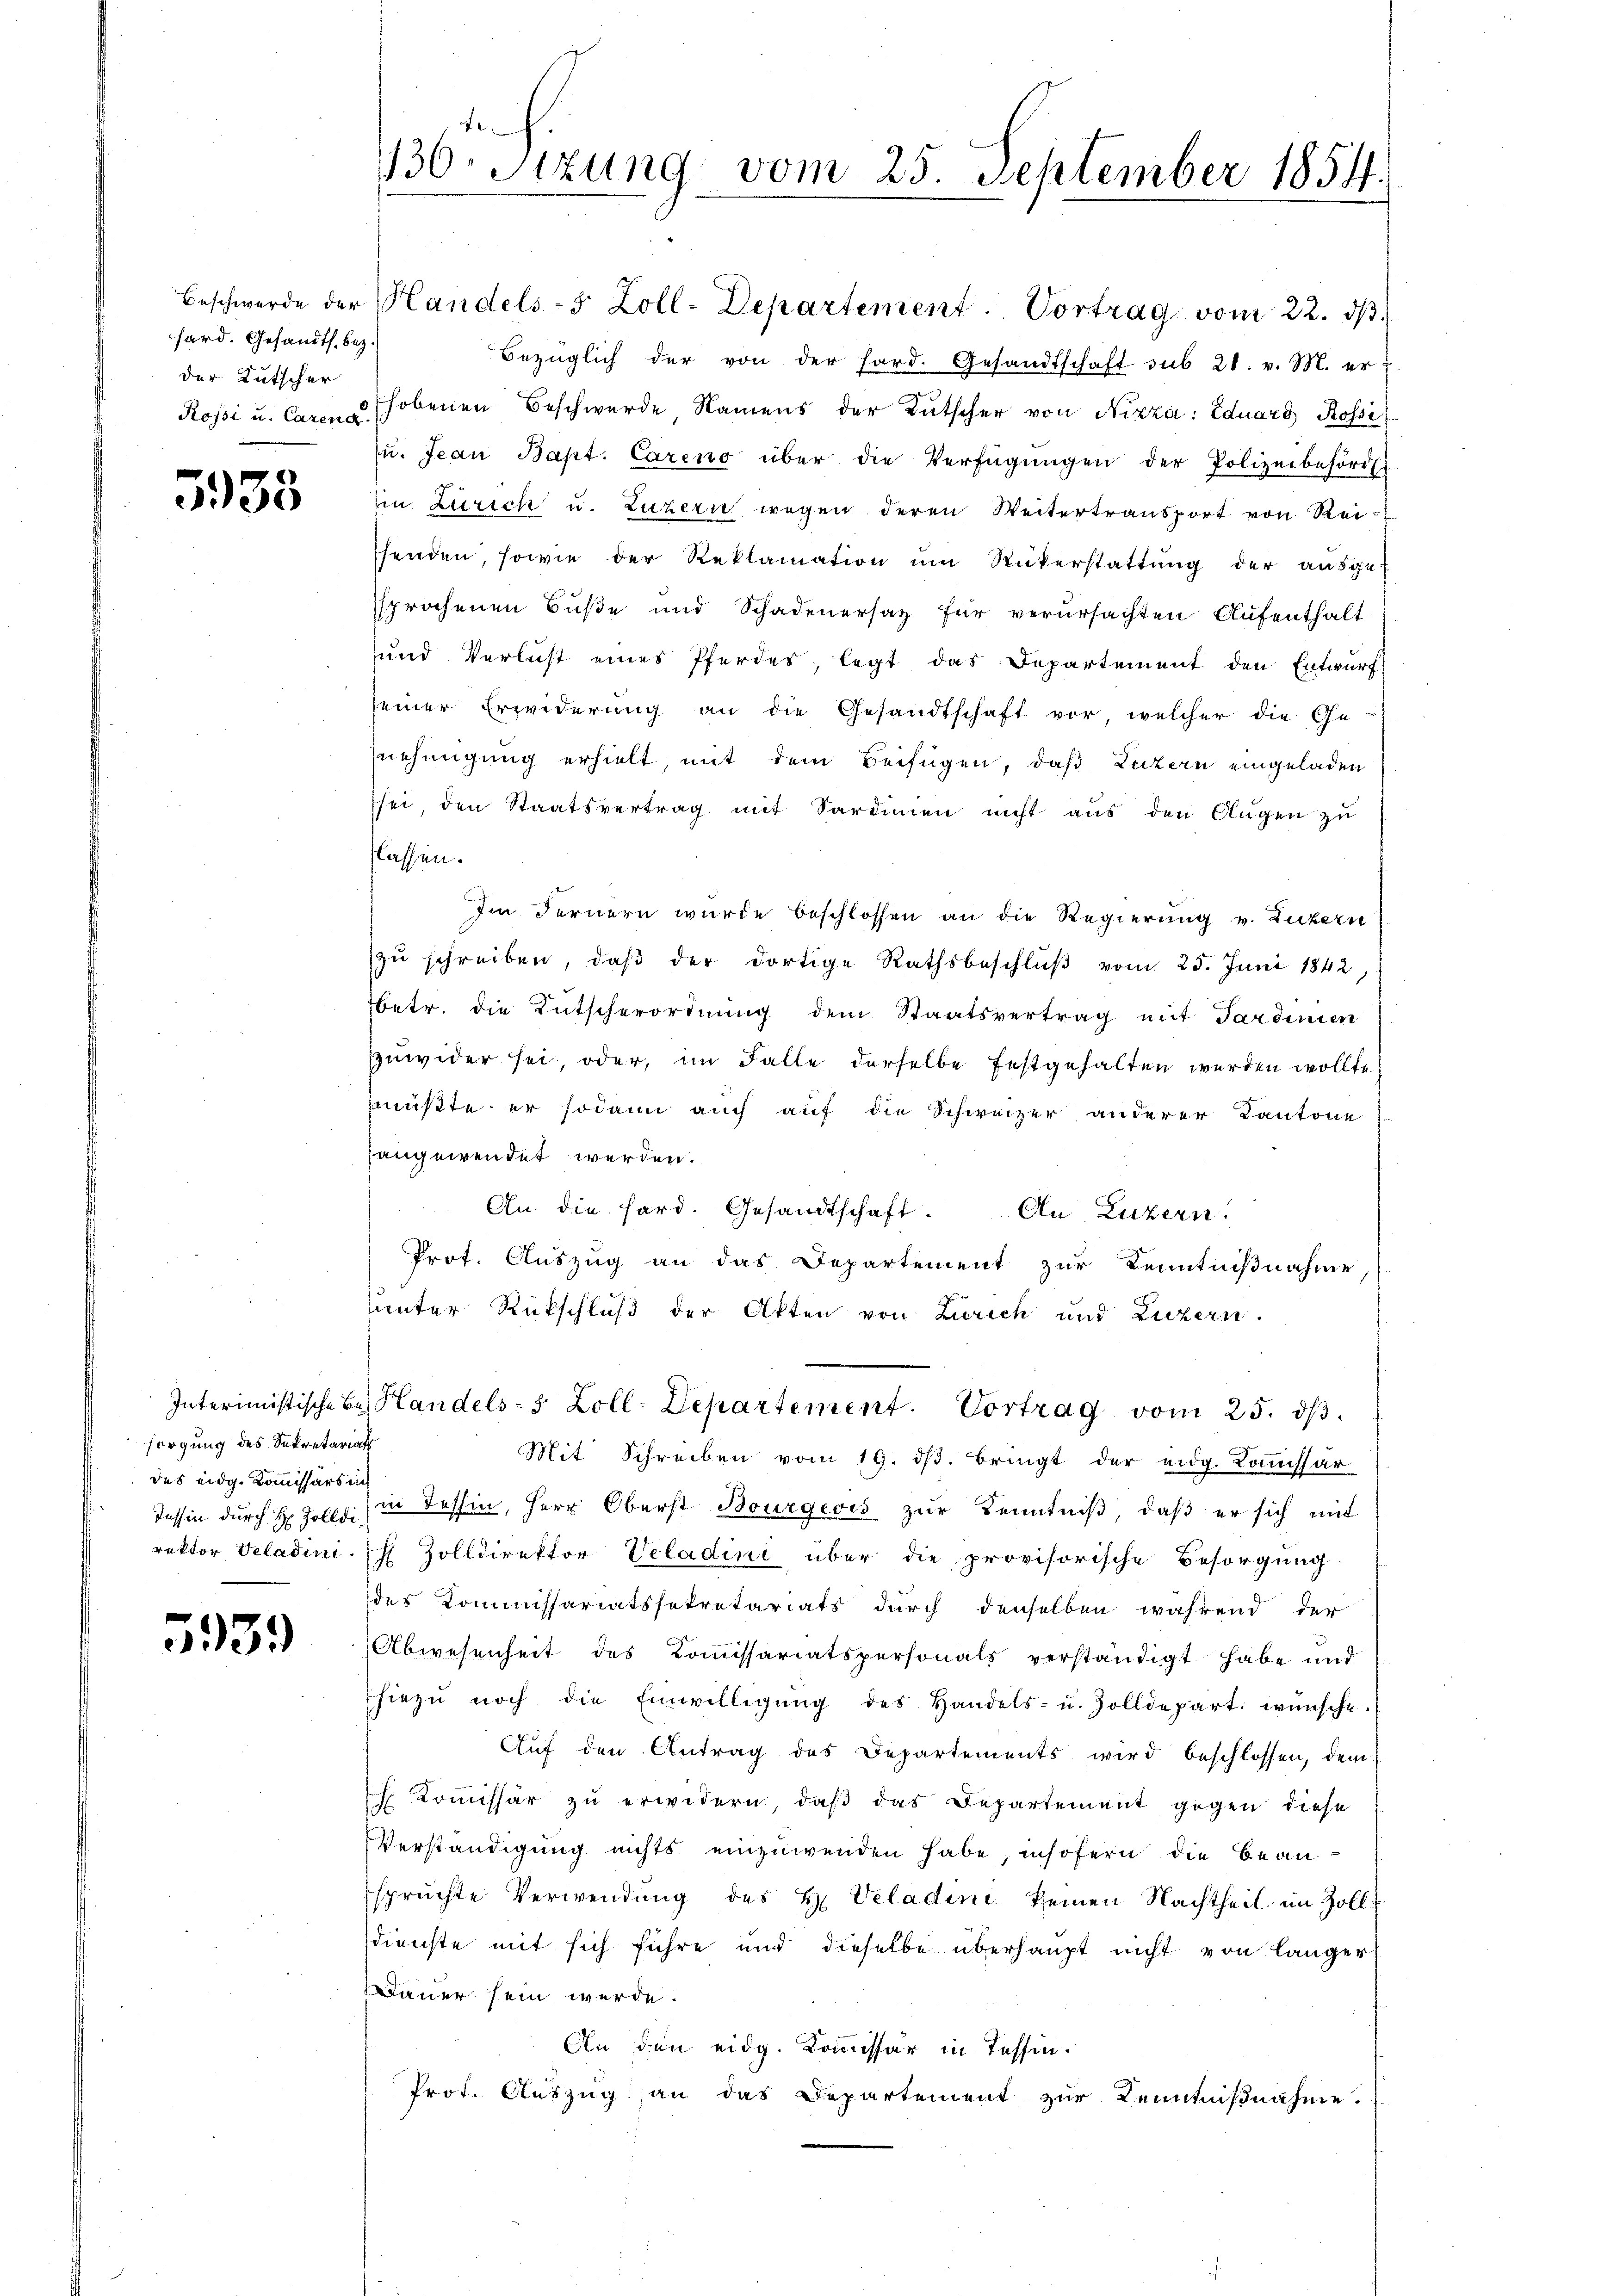
fard. Gesandts. bez.
der Kutscher

5938

sorgung des Sekretariat
des eidg. Kommissärs in

5939

130 Stzung vom 25. September 1854.

Beschwerde der Handels- 5 Zoll-Departement. Vortrag vom 22. dβ.
Bezüglich der von der hard. Gesandtschaft sub 28. v. M. er z
Rossi u. Caren u. hobenen Beschwerde Namens der Bütscher von Nizza: Eduard Rossi
zŭ. Jean Bapt. Careno über die Verfügŭngen der Polizeibehörde
in Zürich u. Luzern wegen deren Weitertransport von Rei-
senden, sowie der Reklamation um Rükerstattung der ausge-
sprochenen Buße und Schadenersatz für verursachten Aufenthalt
und Verlust eines Pferdes, legt das Departement den Entwurf
seiner Erwiderung an die Gesandtschaft vor, welcher die Ge-
nehmigung erhielt, mit dem Beifügen, daß Luzern eingeladen
sei, den Staatsvertrag mit Sardinien nicht aus den Augen zu
lassen.
Im Fernern wurde beschlossen an die Regierung v. Luzern
zu schreiben, daβ der dortige Rathsbeschlŭβ vom 25. Juni 1842
betr. die Entscherordnung dem Staatsvertrag mit Sardinien
zuwider sei, oder, im Falle derselbe festgehalten werden wollte.
müßte er sodann auch auf die Schweizer anderer Kantone
hangewendet werden.
An die hard. Gesandtschaft. An Luzern.
Prot. Auszug an das Departement zur Kenntnißnahme
unter Rückschluß der Akten von Zürich und Luzern.
Interimistische Bes Handels- 5 Zoll. Departement. Vortrag vom 25. dβ.
Mit Schreiben vom 19. ds. bringt der eidg. Kommissar
Tessin durch H. Zolli in Tessin, Herr Oberst Bourgeois zŭr Kenntniß, daß er sich mit
rektor Veladini, Zolldirektor Vcladini über die provisorische Besorgung
des Kommissariatssekretariats durch denselben während der
Abwesenheit des Kommissariatspersonals verständigt habe und
hiezŭ noch die Einwilligŭng des Handels- u. Zolldepart. wünsche.
Aŭf den Antrag des Departements wird beschlossen, dem
 Kommissär zu erwidern, daß das Departement gegen diese
Verständigung nichts einzuwenden habe, insofern die beanspruchte Verwendung des H. Veladini keinen Nachtheil im Zolldienste mit sich führe und dieselbe überhaupt nicht von länger
Dauer sein werde.
An den eidg. Kommissär in Tessin.
Prot. Auszug an das Departement zur Kenntnißnahme.